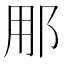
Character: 𮟳